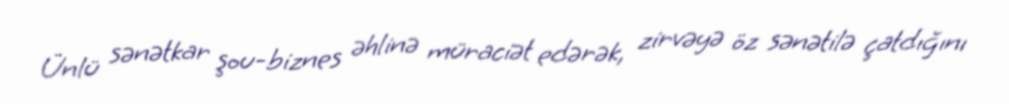
Ünlü sənətkar şou-biznes əhlinə müraciət edərək, zirvəyə öz sənətilə çatdığını